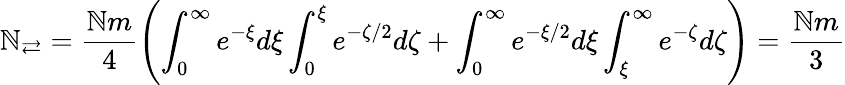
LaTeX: \mathbb{N}_{\rightleftarrows}=\frac{{\mathbb{N}m}}{{4}}\left(\int_{0}^{\infty}e^{-\xi}d\xi\int_{0}^{\xi}e^{-\zeta/2}d\zeta+\int_{0}^{\infty}e^{-\xi/2}d\xi\int_{\xi}^{\infty}e^{-\zeta}d\zeta\right)=\frac{{\mathbb{N}m}}{{3}}